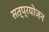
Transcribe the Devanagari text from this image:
सत्प्रयोजन